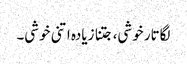
لگاتار خوشی، جتنا زیادہ اتنی خوشی۔